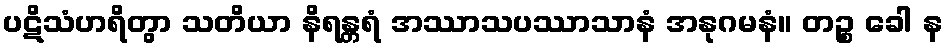
ပဋိသံဟရိတွာ သတိယာ နိရန္တရံ အဿာသပဿာသာနံ အနုဂမနံ။ တဉ္စ ခေါ န